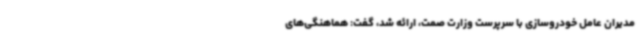
مدیران عامل خودروسازی با سرپرست وزارت صمت، ارائه شد، گفت: هماهنگی‌های